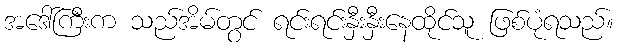
အဒေါ်ကြီးက သည်အိမ်တွင် ရင်းရင်းနှီးနှီးနေထိုင်သူ ဖြစ်ပုံရသည်။